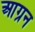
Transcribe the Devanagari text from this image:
आग्रन